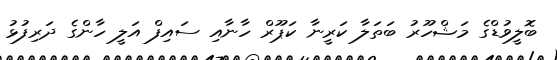
ބޮލީވުޑްގެ މަޝްހޫރު ބަތަލާ ކަރީނާ ކަޕޫރް ހާނާއި ސައިފް އަލީ ހާންގެ ދަރިފުޅު